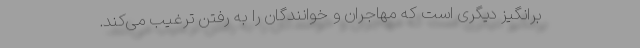
برانگیز دیگری است که مهاجران و خوانندگان را به رفتن ترغیب می‌کند.